Malaria in India - Number 2
Disease focus: Malaria
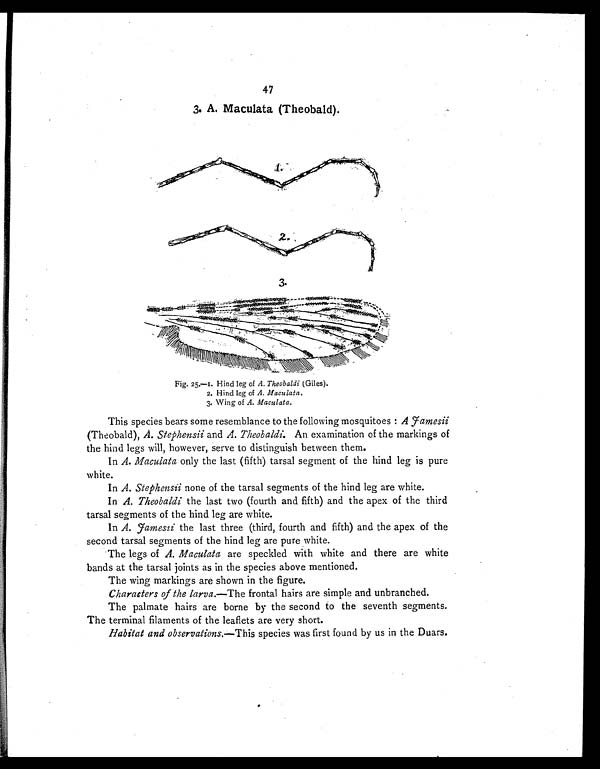
47
3. A. Maculata (Theobald).
Fig.25.—I.Hind leg of A. Theobaldi (Giles).
2. Hind leg of A. Maculata.
3. Wing of A. Maculata.
This species bears some resemblance to the following mosquitoes: A Fa m e s i i
(Theobald), A. Stephensii and A. Theobaldi. An examination of the markings of
the hind legs will, however, serve to distinguish between them.
In A. Maculata only the last (fifth) tarsal segment of the hind leg is pure
white.
In A. Stephensii none of the tarsal segments of the hind leg are white.
In A. Theobaldi the last two (fourth and fifth) and the apex of the third
tarsal segments of the hind leg are white.
In A. Famesii the last three (third, fourth and fifth) and the apex of the
second tarsal segments of the hind leg are pure white.
The legs of A. Maculata are speckled with white and there are white
bands at the tarsal joints as in the species above mentioned.
The wing markings are shown in the figure.
Characters of the larva.—The frontal hairs are simple and unbranched.
The palmate hairs are borne by the second to the seventh segments.
The terminal filaments of the leaflets are very short.
Habitat and observations.—This species was first found by us in the Duars.